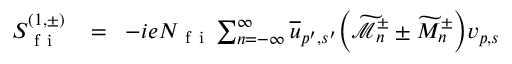
\begin{array} { r l r } { S _ { \mathrm { ~ f ~ i ~ } } ^ { ( 1 , \pm ) } \! } & { { } = } & { \! - i e N _ { \mathrm { ~ f ~ i ~ } } \sum _ { n = - \infty } ^ { \infty } \overline { { u } } _ { p ^ { \prime } , s ^ { \prime } } \Big ( \widetilde { \mathcal { M } } _ { n } ^ { \pm } \pm \widetilde { M } _ { n } ^ { \pm } \Big ) v _ { p , s } } \end{array}